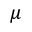
\mu